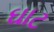
ઘાટ